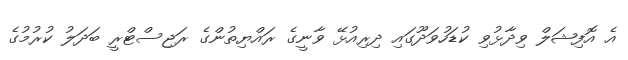
އެ އޮފިޝަލް ވިދާޅުވި ކުޑަހުވަދޫގައި ދިރިއުޅޭ ވާނީގެ ރައްޔިތުންގެ ރަޖިސްޓްރީ ބަދަލު ކުރުމުގެ